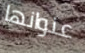
عنوانها